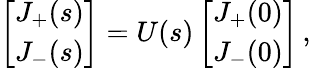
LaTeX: \left[\begin{array}{l}{J_{+}(s)}\\ {J_{-}(s)}\end{array}\right]=U(s)\left[\begin{array}{l}{J_{+}(0)}\\ {J_{-}(0)}\end{array}\right]\, ,